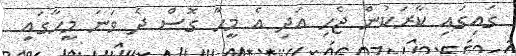
ގައިގައި ކާރަކުން ޖެހި އަދި އެ މީހާ ގޮސް ދެ ވަނަ މީހާގައި